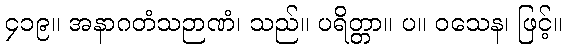
၄၁၉။ အနာဂတံသဉာဏံ၊ သည်။ ပရိတ္တာ။ ပ။ ဝသေန၊ ဖြင့်။